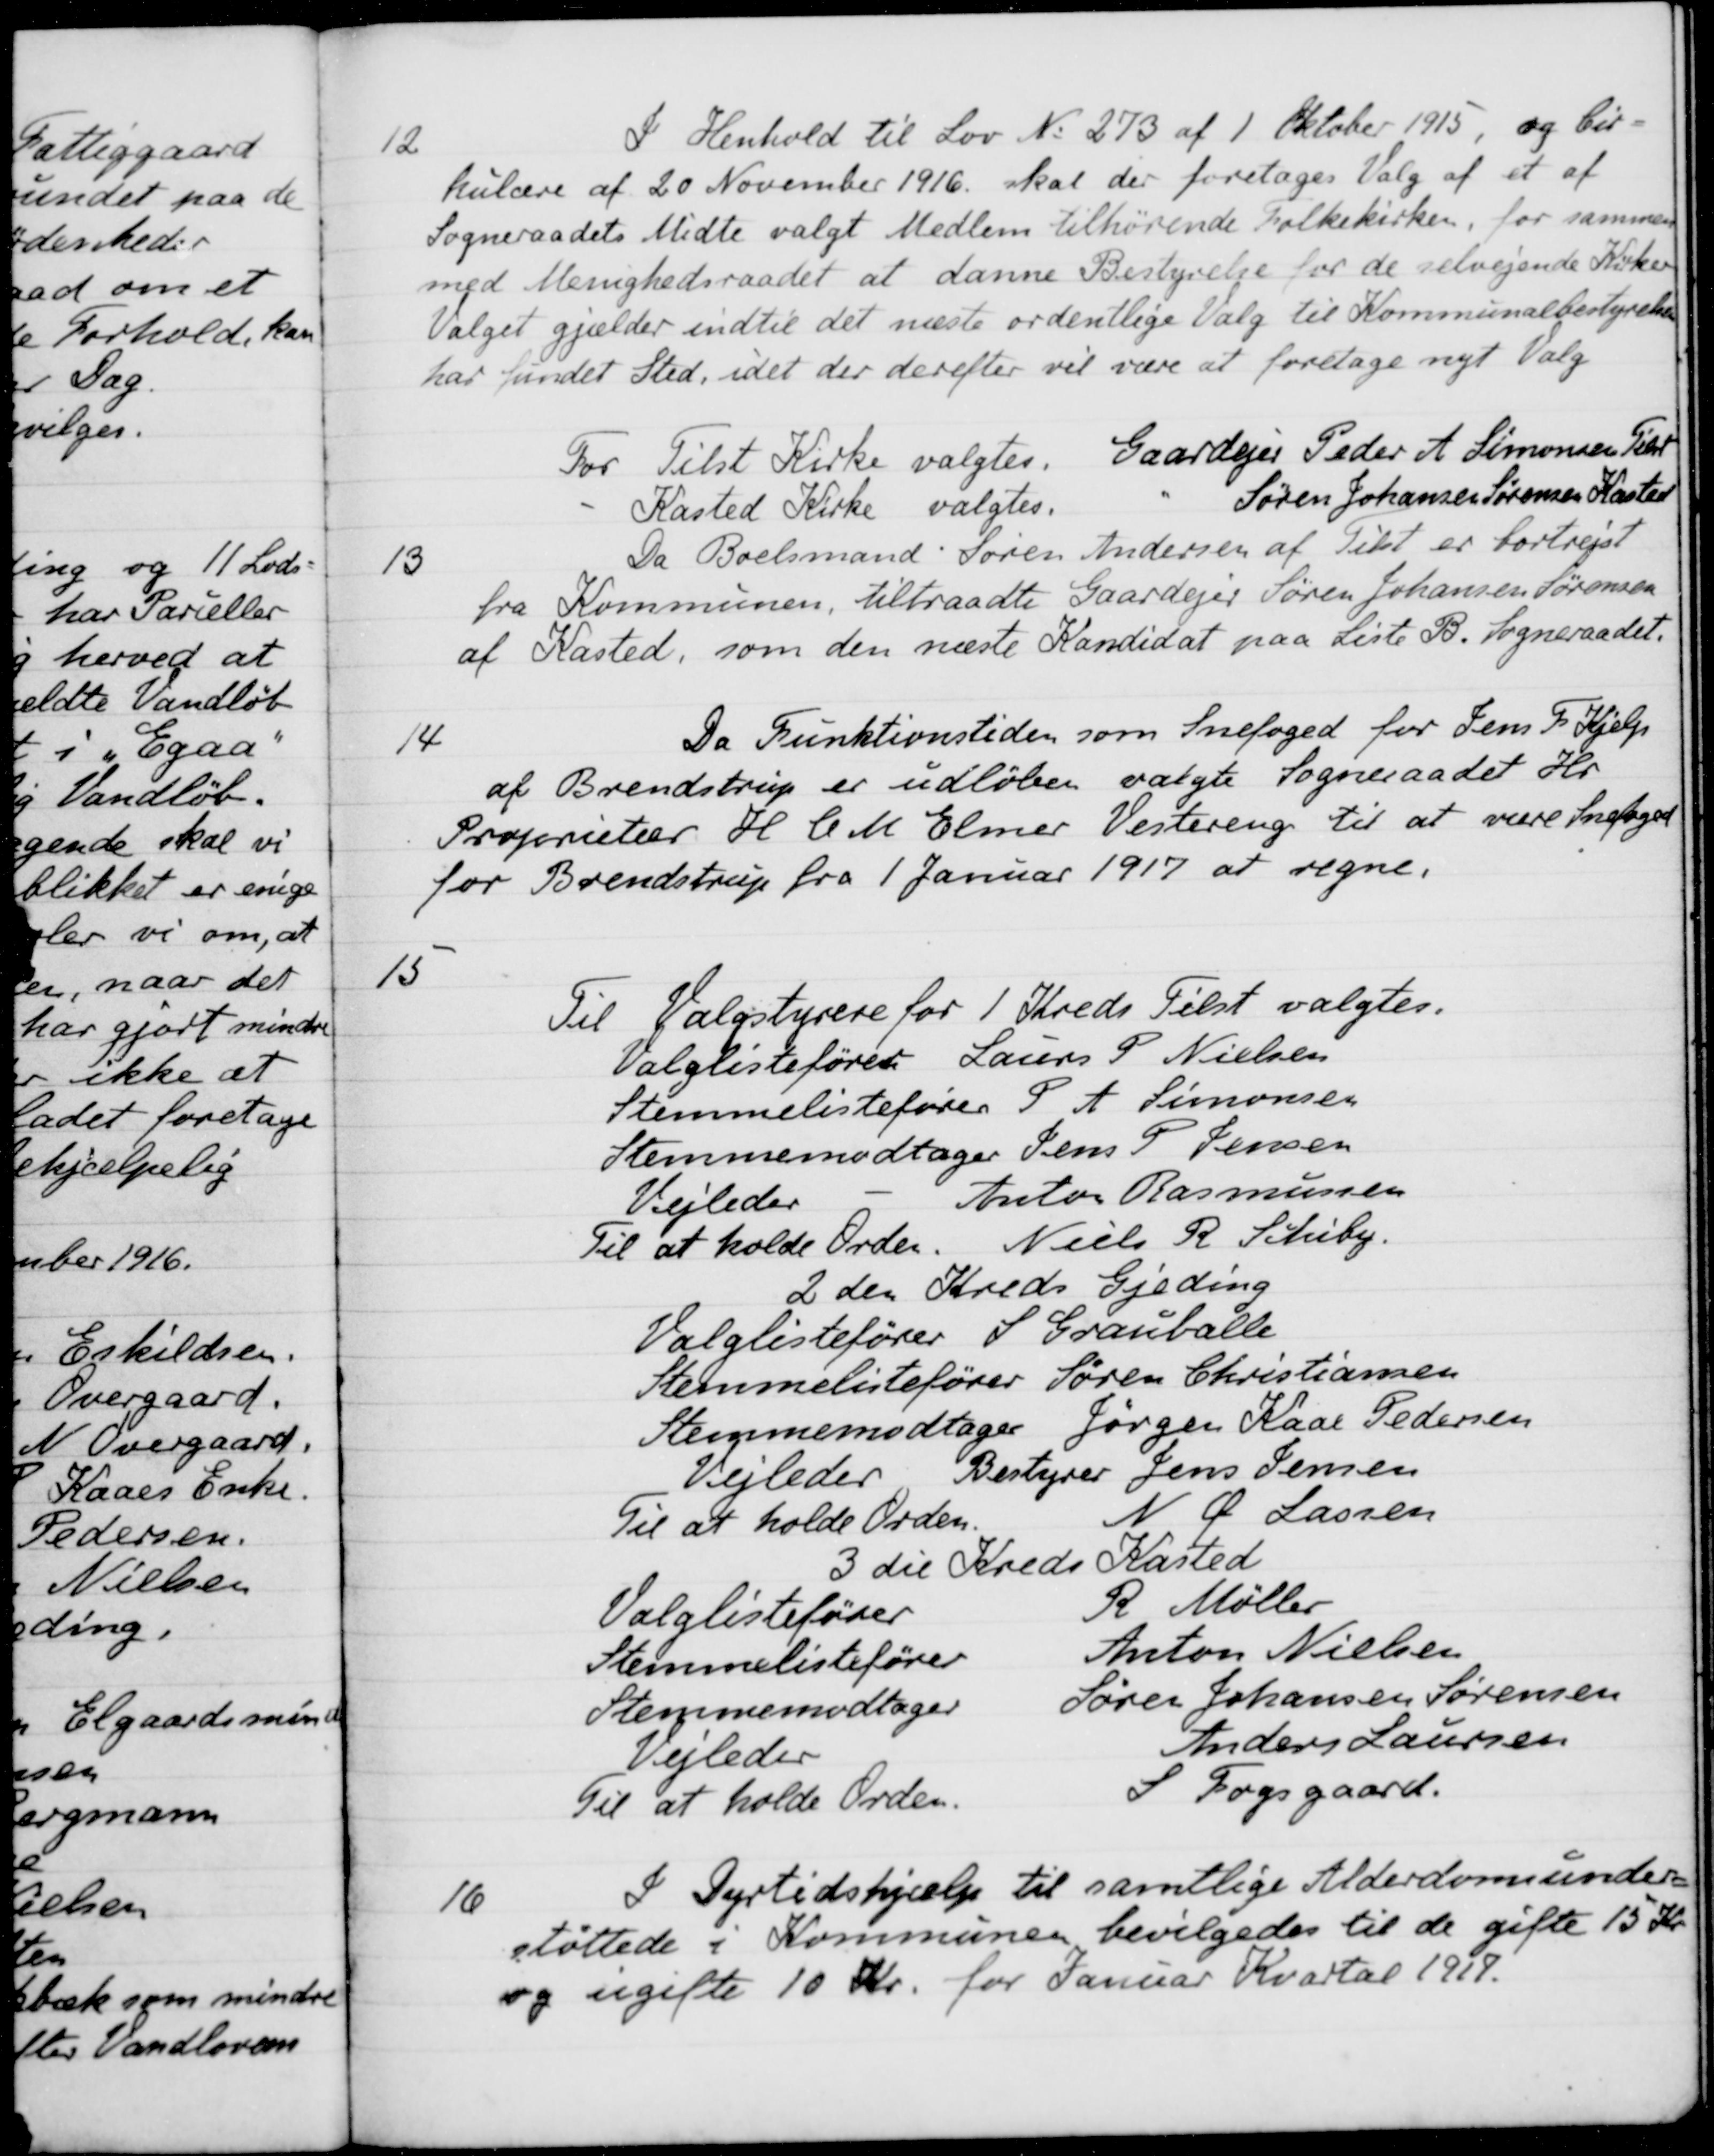
Transskription:
12
I Henhold til Lov No 273 af 1 Oktober 1915, og Cir-
kulære af 20 November 1916. skal der foretages Valg af et af
Sogneraadets Midte valgt Medlem tilhørende Folkekirken, for sammen
med Menighedsraadet at danne Bestyrelse for de selvejende Kirker
Valget gjælder indtil det næste ordentlige Valg til Kommunalbestyrelsen
har fundet Sted, idet der derefter vil være at foretage nyt Valg
For Tilst Kirke valgtes Gaardejer Peder A. Simonsen Peter
Kasted Kirke valgtes.
Søren Johansen Sørensen Kasted
13
Da Boelsmand Søren Andersen af Tilst er bortrejst
fra Kommunen, tiltraadte Gaardejer Søren Johansen Sørensen
af Kasted, som den næste Kandidat paa Liste B. Sogneraadet.
14
Da Funktionstiden som Snefoged for Jens F. Kjelp
af Brendstrup er udløben valgte Sogneraadet Hr
Proprietær H. C. M. Elmer Vestereng til at være Snefoged
for Brendstrup fra 1 Januar 1917 at regne.
15
Til Valgstyrere for 1 Kreds Tilst valgtes.
Valglistefører Laurs P Nielsen
Stemmelistefører S. A. Simonsen
Stemmemodtager Jens P. Jensen
Vejleder
Anton Rasmussen
Til at holde Orden
Niels R. Schiby.
2 den Kreds Gjeding
Valglistefører S. Grauballe
Stemmelistefører Søren Christiansen
Stemmemodtager Jørgen Kaae Pedersen
Vejleder Bestyrer Jens Jensen
Til at holde Orden
N Ø Lassen
3 die Kreds Kasted
Valglistefører
R. Møller
Stemmelistefører
Anton Nielsen
Stemmemodtager
Søren Johansen Sørensen
Vejledes
Anders Laursen
Til at holde Orden
S Fogsgaard.
16
I Dyrtidshjælp til samtlige Alderdomsunder-
støttede i Kommunen bevilgedes til de gifte 15 Kr.
og ugifte 10 Kr. for Januar Kvartal 1917.